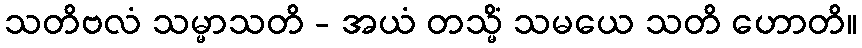
သတိဗလံ သမ္မာသတိ - အယံ တသ္မိံ သမယေ သတိ ဟောတိ။